Papers set at the Examination for Leaving Certificates, 1894
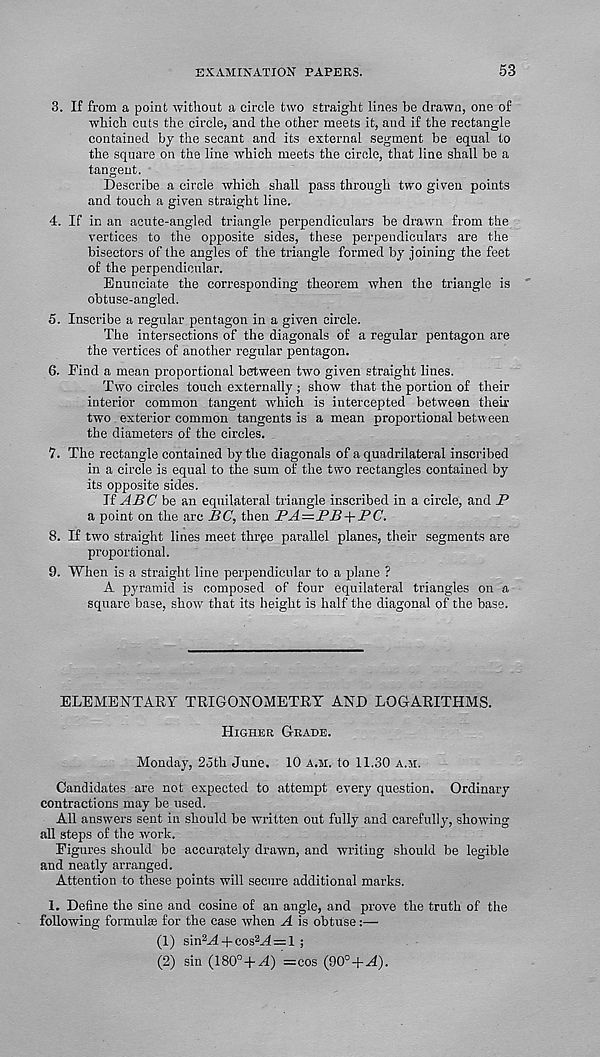
EXAMINATION PAPERS.
53
3. If from a point without a circle two straight lines be drawn, one of
which cuts the circle, and the other meets it, and if the rectangle
contained by the secant and its external segment be equal to
the square on the line which meets the circle, that line shall be a
tangent.
Describe a circle which shall pass through two given points
and touch a given straight line.
4. If in an acute-angled triangle perpendiculars be drawn from the
vertices to the opposite sides, these perpendiculars are the
bisectors of the angles of the triangle formed by joining the feet
of the perpendicular.
Enunciate the corresponding theorem when the triangle is
obtuse-angled.
5. Inscribe a regular pentagon in a given circle.
The intersections of the diagonals of a regular pentagon are
the vertices of another regular pentagon.
6. Find a mean proportional between two given straight lines.
Two circles touch externally ; show that the portion of their
interior common tangent which is intercepted between their
two exterior common tangents is a mean proportional between
the diameters of the circles.
7. The rectangle contained by the diagonals of a quadrilateral inscribed
in a circle is equal to the sum of the two rectangles contained by
its opposite sides.
If ABC be an equilateral triangle inscribed in a circle, and _P
a point on the arc BC, then JPA—BB+BC.
8. If two straight lines meet three parallel planes, their segments are
proportional.
9. When is a straight line perpendicular to a plane ?
A pyramid is composed of four equilateral triangles on a
square base, show that its height is half the diagonal of the base.
ELEMENTARY TRIGONOMETRY AND LOGARITHMS.
Higher Grade.
Monday, 2oth June. 10 a.m. to 11.30 a.m.
Candidates are not expected to attempt every question. Ordinary
contractions may be used.
All answers sent in should be written out fully and carefully, showing
all steps of the work.
Figures should be accurately drawn, and writing should be legible
and neatly arranged.
Attention to these points will secure additional marks.
1. Define the sine and cosine of an angle, and prove the truth of the
following formulae for the case when A is obtuse:—
(1) sin 2 M-(-cosM = l ;
(2) sin (180°+H) = cos (90°+^).